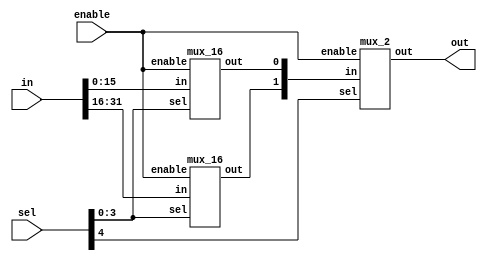
// Design a 32 to 1 MUX with active high enable.

// 32 inputs means we have 5 input select lines.
// Direct assignment can be done but here we will go with hierarchy flow/ mux tree formation.
// The direct assignment one can be seen in the file named mux_32_direct.v

module mux_32to1(out, in ,sel, enable);
output out;
input [31:0] in;
input [4:0] sel;
input enable;

wire [1:0]temp_out;

mux_16 m0(temp_out[0], in[15:0], sel[3:0], enable);
mux_16 m1(temp_out[1], in[31:16], sel[3:0], enable);

mux_2 m2(out, temp_out[1:0], sel[4],enable);

endmodule

module mux_16(out,in,sel,enable);
input [15:0] in;
input [3:0] sel;
input enable;
output out;

wire [3:0]t;
mux_4 m3(t[3],in[15:12], sel[1:0],enable);
mux_4 m2(t[2],in[11:8], sel[1:0],enable);
mux_4 m1(t[1],in[7:4], sel[1:0],enable);
mux_4 m0(t[0],in[3:0], sel[1:0],enable);
mux_4 m4(out,t[3:0], sel[3:2],enable);

endmodule

module mux_4(out, in, sel,enable);
input [3:0]in;
input [1:0] sel;
input enable;
output out;

wire [1:0] t;
mux_2 m0(t[0],in[1:0],sel[0],enable);
mux_2 m1(t[1],in[3:2],sel[0],enable);
mux_2 m2(out,t[1:0],sel[1],enable);

endmodule

module mux_2 (out, in, sel,enable);
input [1:0] in;
input sel;
input enable;
output out;
wire selb, t2, t1;

not G1 (selb,sel);
and G2 (t1,in[0],selb,enable);
and G3 (t2,in[1],sel,enable);
or G4 (out,t1,t2);
endmodule